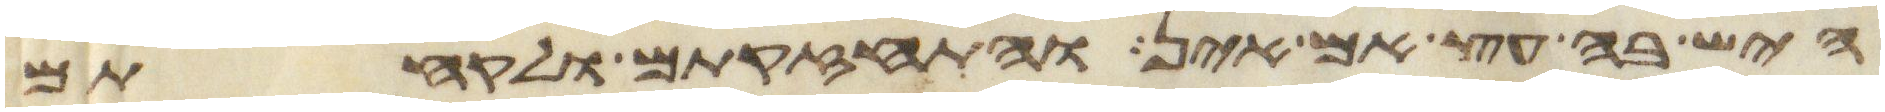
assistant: היש בה עץ אם אין והתחזקתם ולקחתם